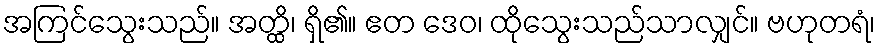
အကြင်သွေးသည်။ အတ္ထိ၊ ရှိ၏။ ဧတ ဒေဝ၊ ထိုသွေးသည်သာလျှင်။ ဗဟုတရံ၊